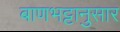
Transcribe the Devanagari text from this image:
बाणभट्टानुसार